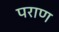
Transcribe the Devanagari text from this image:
पराण